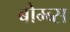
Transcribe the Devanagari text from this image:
बोम्ब्स